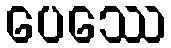
ပေဿေ